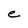
Character: e